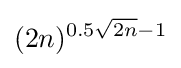
(2n)^{0.5{\sqrt {2n}}-1}